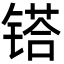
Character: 𨱏